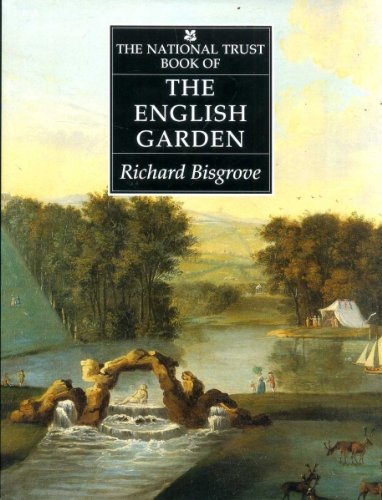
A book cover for The National Trust Book of The English Garden; Richard Bisgrove; Crafts, Hobbies & Home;